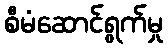
စီမံဆောင်ရွက်မှု